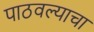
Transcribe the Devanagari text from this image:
पाठवल्याचा